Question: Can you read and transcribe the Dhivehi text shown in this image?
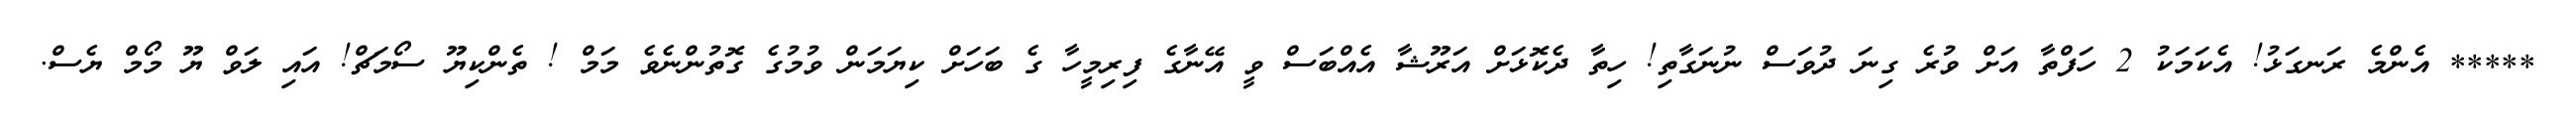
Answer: ***** އެންމެ ރަނގަޅު! އެކަމަކު 2 ހަފްތާ އަށް ވުރެ ގިނަ ދުވަސް ނުނަގާތި! ހިތާ ދެކޮޅަށް އަރޫޝާ އެއްބަސް ވީ އޭނާގެ ފިރިމީހާ ގެ ބަހަށް ކިޔަމަން ވުމުގެ ގޮތުންނެވެ މަމް ! ތެންކިޔޫ ސޯމަޗް! އައި ލަވް ޔޫ މޯމް ޔެސް.